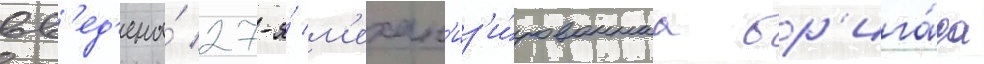
вв'ед'ена́ 27-я́ м'ехан'из'и́рованнаа бр'ига́да